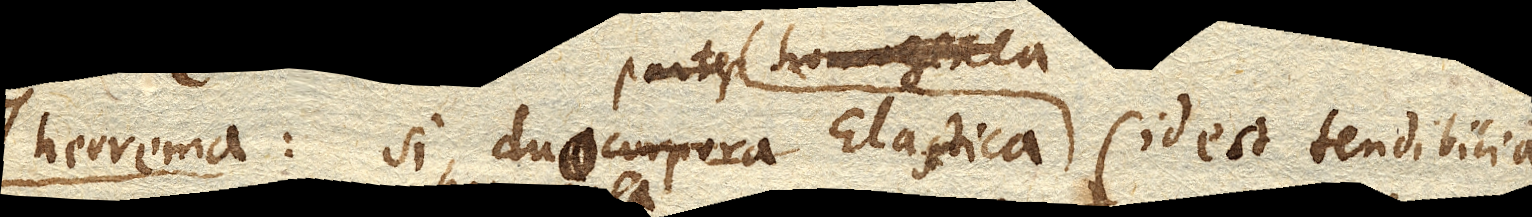
Theorema: Si duo corpora Elastica (id est tendibilia